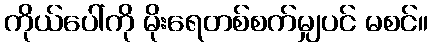
ကိုယ်ပေါ်ကို မိုးရေတစ်စက်မျှပင် မစင်။